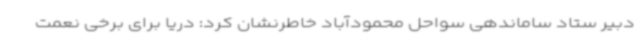
دبیر ستاد ساماندهی سواحل محمودآباد خاطرنشان کرد: دریا برای برخی نعمت